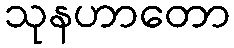
သုနဟာတော